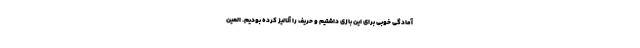
آمادگی خوبی برای این بازی داشتیم و حریف را آنالیز کرده بودیم. العین